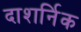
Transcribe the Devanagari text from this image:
दाशर्निक